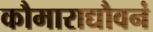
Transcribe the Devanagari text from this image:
कौमाराद्यौवनं